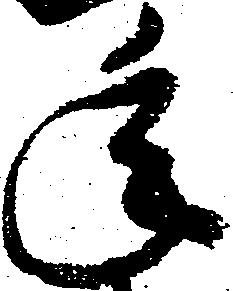
年